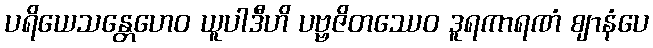
ပရိယေသန္တေဟေဝ ယူပါဒီဟိ ပဗ္ဗဇိတဿေဝ ဒူရကာရဏံ ဈာနံပေ